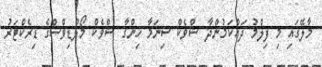
މާލޭގައި މި ފިލްމު ދައްކަމުންދާ ޝްވެކް ސިނަމާ ހިންގާ ޝްވެކް މޯލްޑިވްސްގެ ޑިރެކްޓަރު